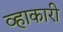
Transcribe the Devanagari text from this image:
व्हाकारी